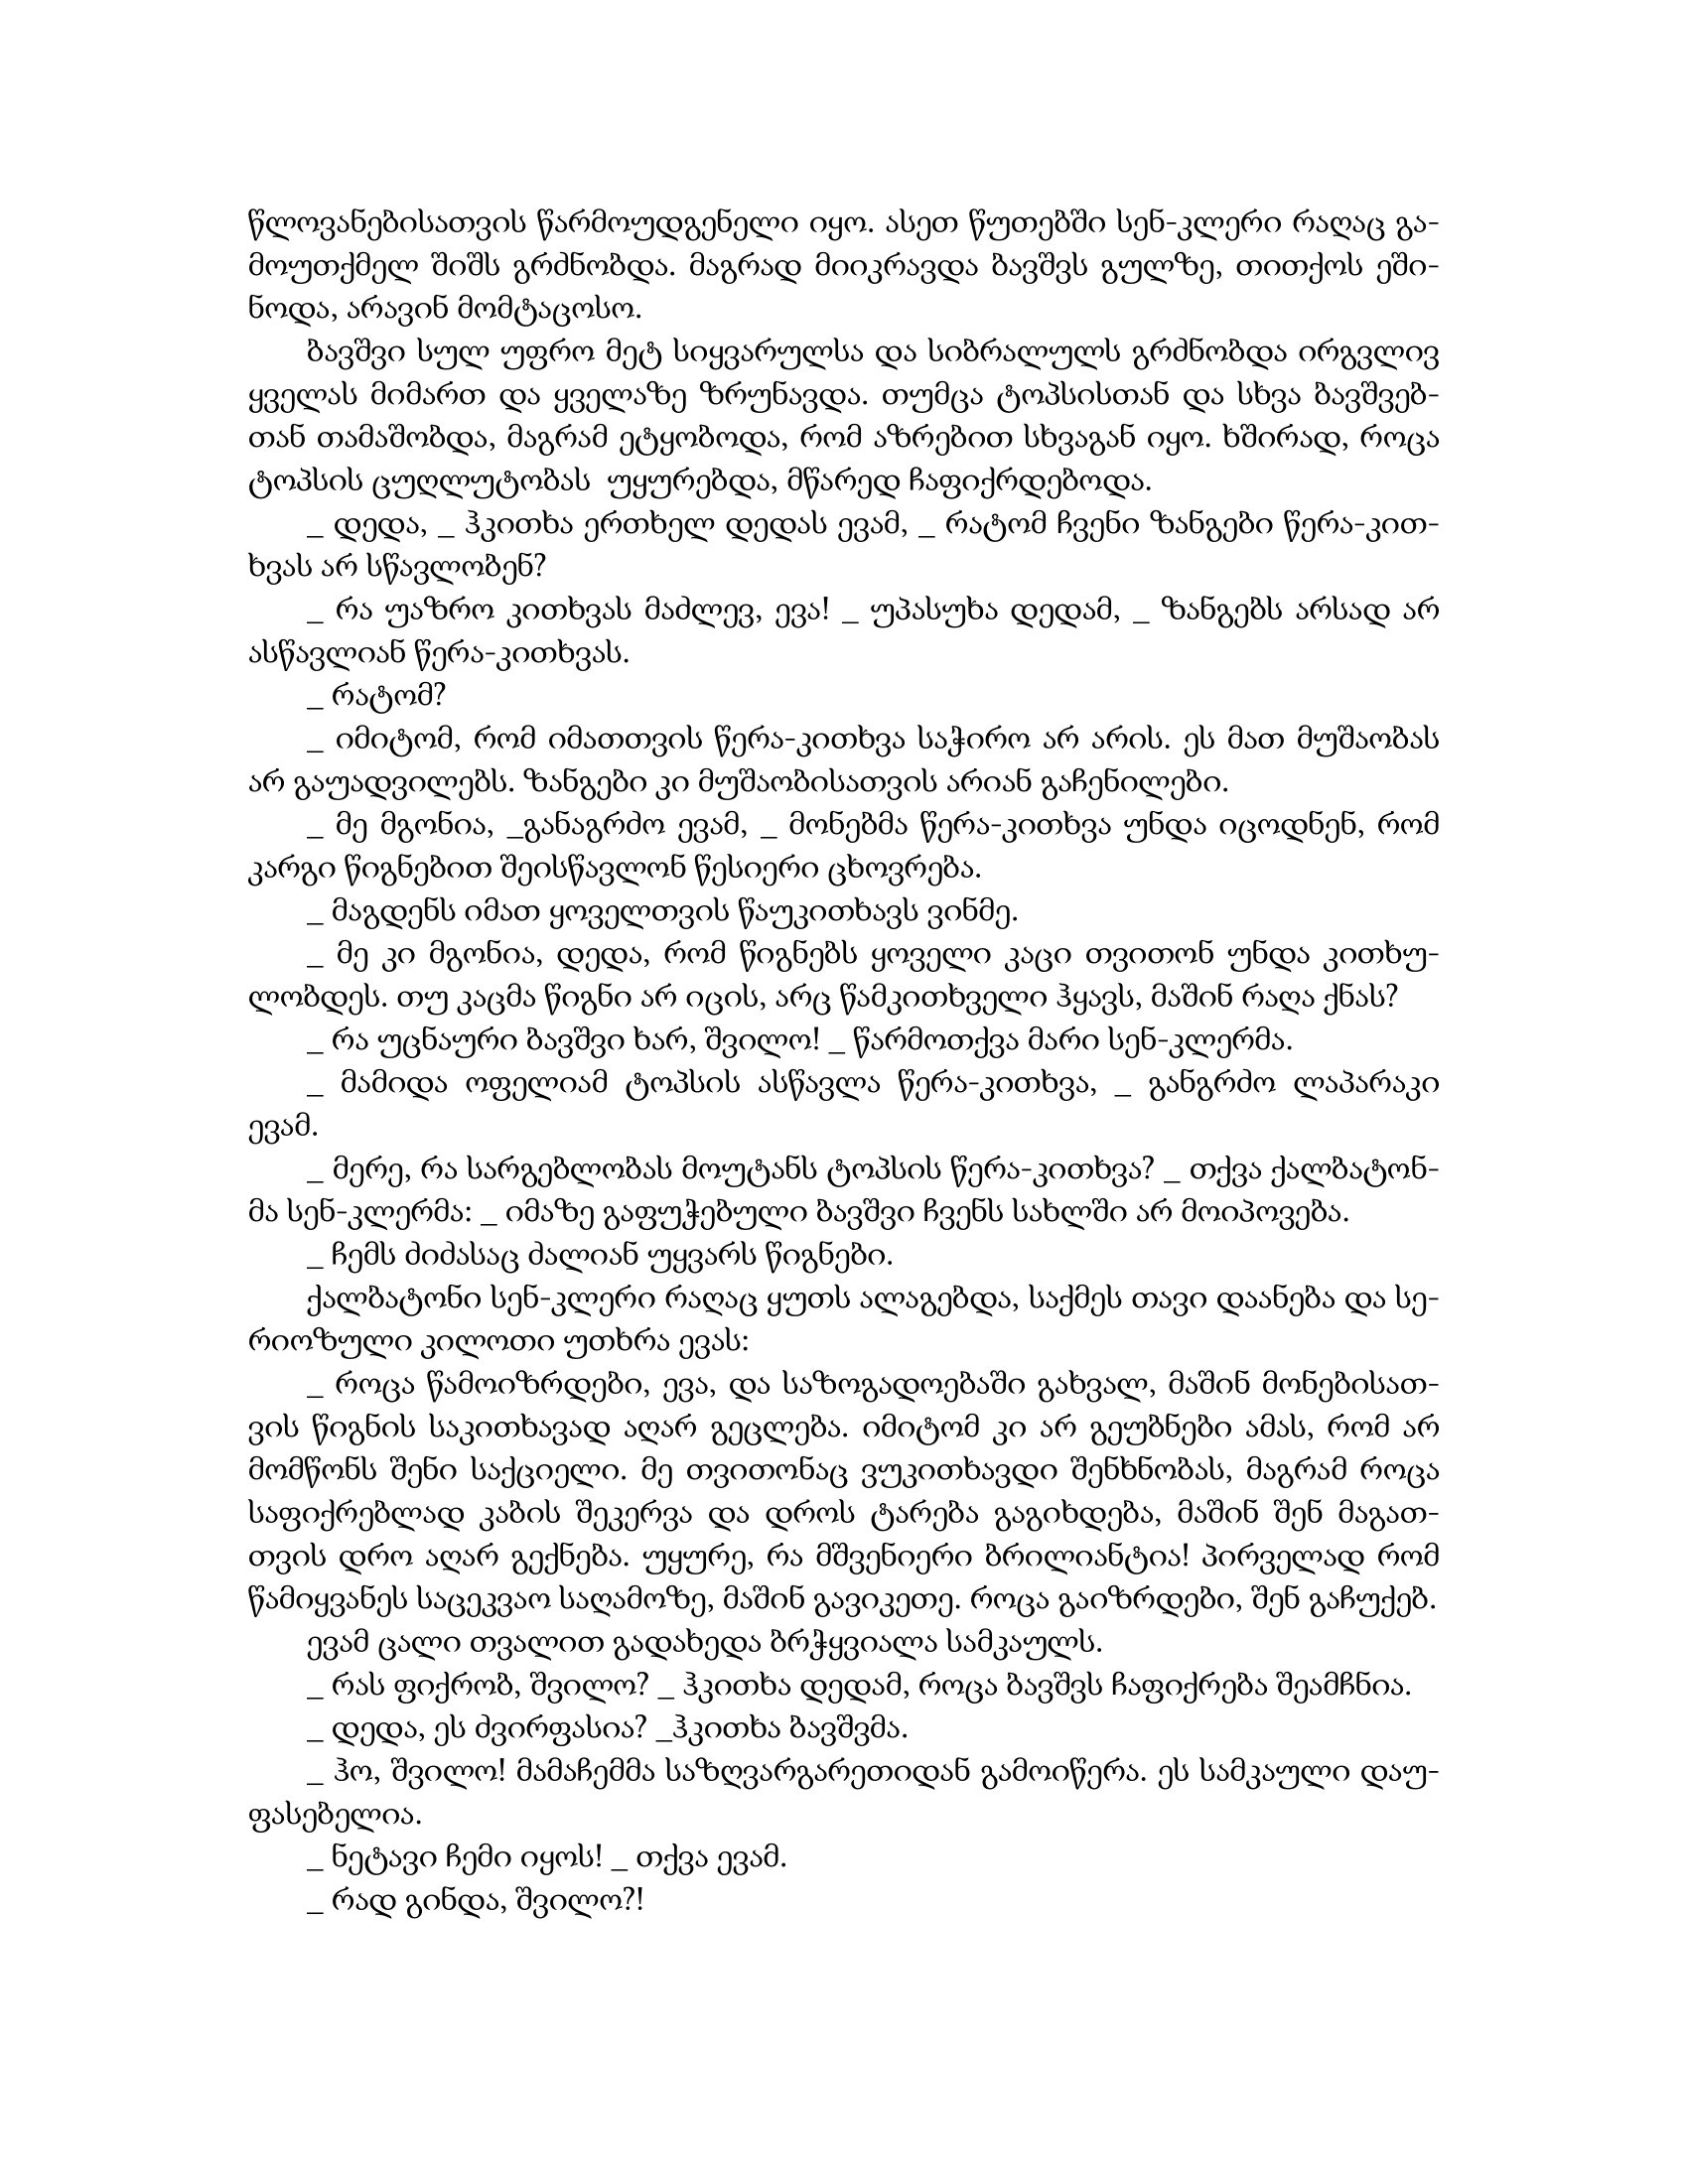
Language: gr